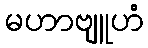
မဟာဗျူဟံ